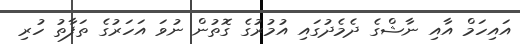
އައިހަމް އާއި ނާޝްގެ ދެމެދުގައި އުމުރުގެ ގޮތުން ނުވަ އަހަރުގެ ތަފާތު ހުރި